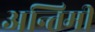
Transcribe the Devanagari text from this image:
अन्तिमी